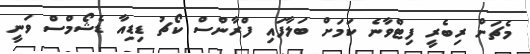
މެޗަށް ރިބެރީ ފިޓްވާނެ ކަމަށް ބަލާފައި ފްރާންސް ކޯޗު ޑިޑިއާ ޑެޝޯމްސް ވަނީ